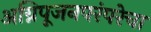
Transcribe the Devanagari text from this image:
अग्निपूजनपरंपरेचा